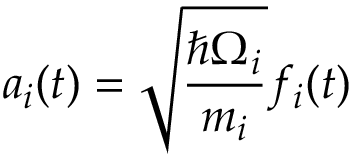
a _ { i } ( t ) = \sqrt { \frac { \hbar \Omega _ { i } } { m _ { i } } } f _ { i } ( t )